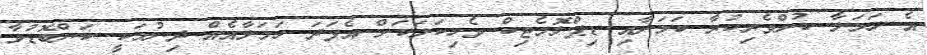
އެ ހަމަލާ ކުށްވެރިކުރާ ކަމަށާއި ޑިޕްލޮމެޓިކް ވެހިކަލަކަށް އެފަދަ ހަމަލާއެއް ދިނުމަކީ ކަންބޮޑުވާ